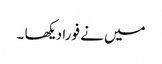
میں نے فورا دیکھا ۔